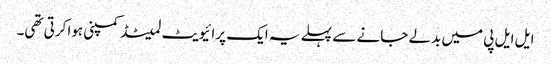
ایل ایل پی میں بدلے جانے سے پہلے یہ ایک پرائیویٹ لمیٹڈ کمپنی ہوا کرتی تھی۔